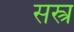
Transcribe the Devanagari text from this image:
सस्त्र